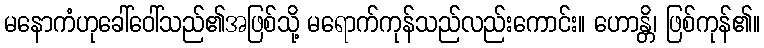
မနောကံဟုခေါ်ဝေါ်သည်၏အဖြစ်သို့ မရောက်ကုန်သည်လည်းကောင်း။ ဟောန္တိ၊ ဖြစ်ကုန်၏။